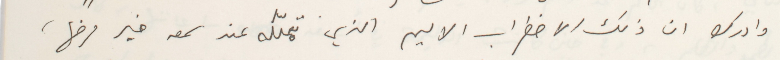
وادرك ان ذلك الاضطراب الاليم الذي تملّكه عند سمعه خبر مرضها،